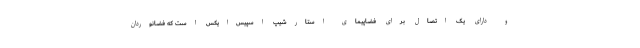
و دارای یک اتصال برای فضاپیمای استارشیپ اسپیس‌ایکس است که فضانوردان